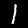
Label: 1